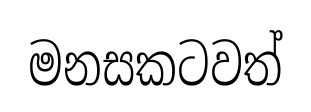
මනසකටවත්